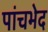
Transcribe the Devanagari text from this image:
पांचभेद